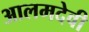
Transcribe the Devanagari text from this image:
आलमदेवी